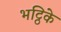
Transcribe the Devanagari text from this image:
भट्ठिके